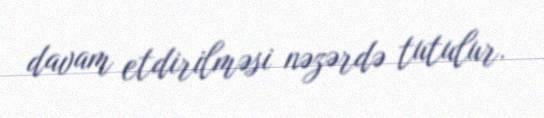
davam etdirilməsi nəzərdə tutulur.